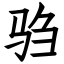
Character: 驺